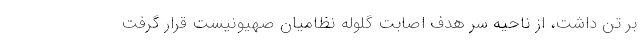
بر تن داشت، از ناحیه سر هدف اصابت گلوله نظامیان صهیونیست قرار گرفت